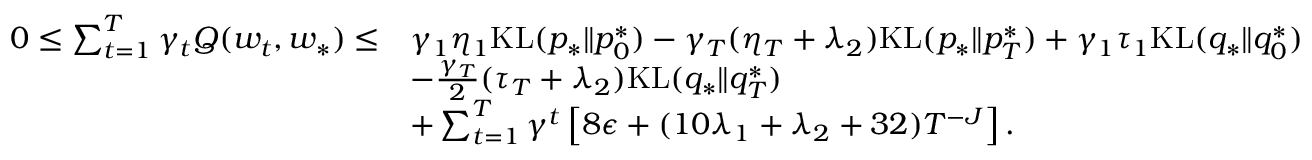
\begin{array} { r l } { 0 \leq \sum _ { t = 1 } ^ { T } \gamma _ { t } Q ( w _ { t } , w _ { * } ) \leq } & { \gamma _ { 1 } \eta _ { 1 } \mathrm { K L } ( p _ { * } \| p _ { 0 } ^ { * } ) - \gamma _ { T } ( \eta _ { T } + \lambda _ { 2 } ) \mathrm { K L } ( p _ { * } \| p _ { T } ^ { * } ) + \gamma _ { 1 } \tau _ { 1 } \mathrm { K L } ( q _ { * } \| q _ { 0 } ^ { * } ) } \\ & { - \frac { \gamma _ { T } } { 2 } ( \tau _ { T } + \lambda _ { 2 } ) \mathrm { K L } ( q _ { * } \| q _ { T } ^ { * } ) } \\ & { + \sum _ { t = 1 } ^ { T } \gamma ^ { t } \left[ 8 \epsilon + ( 1 0 \lambda _ { 1 } + \lambda _ { 2 } + 3 2 ) T ^ { - J } \right] . } \end{array}